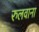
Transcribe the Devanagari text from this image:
रुलवाना